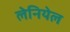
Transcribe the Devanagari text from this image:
लेनियेल